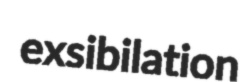
exsibilation